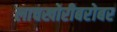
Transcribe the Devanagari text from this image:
लाचखोरीबरोबर